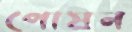
পোষন